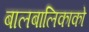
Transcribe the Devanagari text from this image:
बालबालिकाको